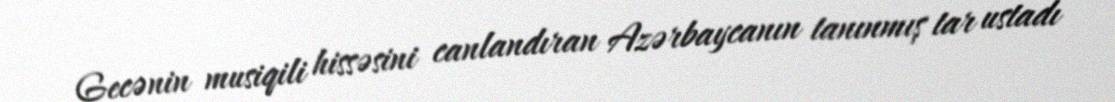
Gecənin musiqili hissəsini canlandıran Azərbaycanın tanınmış tar ustadı